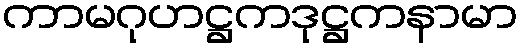
ကာမဂုဟဋ္ဌကဒုဋ္ဌကနာမာ